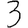
Digit: 3